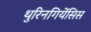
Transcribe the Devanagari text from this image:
थुरिनगियेंसिस